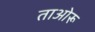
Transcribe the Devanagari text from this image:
ताओरू